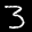
Label: 3